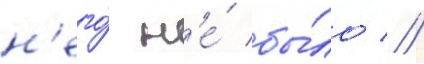
н'его́ н'е́ бы́ло //